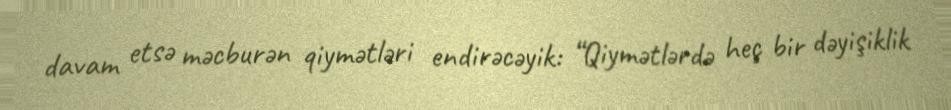
davam etsə məcburən qiymətləri endirəcəyik: “Qiymətlərdə heç bir dəyişiklik